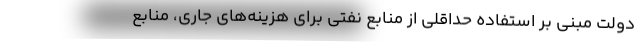
دولت مبنی بر استفاده حداقلی از منابع نفتی برای هزینه‌های جاری، منابع